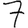
Digit: 7